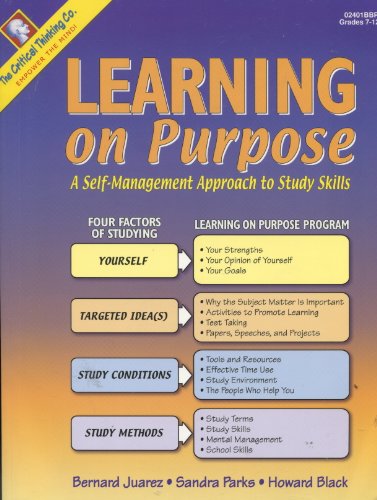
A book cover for Learning on Purpose: A Self-management Approach to Study Skills Grades 7-12+; Bernard Juaraz; Teen & Young Adult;